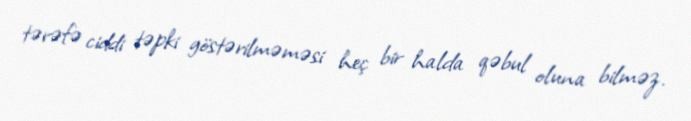
tərəfə ciddi təpki göstərilməməsi heç bir halda qəbul oluna bilməz.